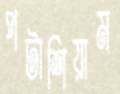
পটাশিয়াম